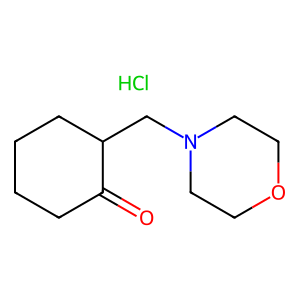
SMILES: Cl.O=C1CCCCC1CN1CCOCC1
Inhibits HIV replication: No